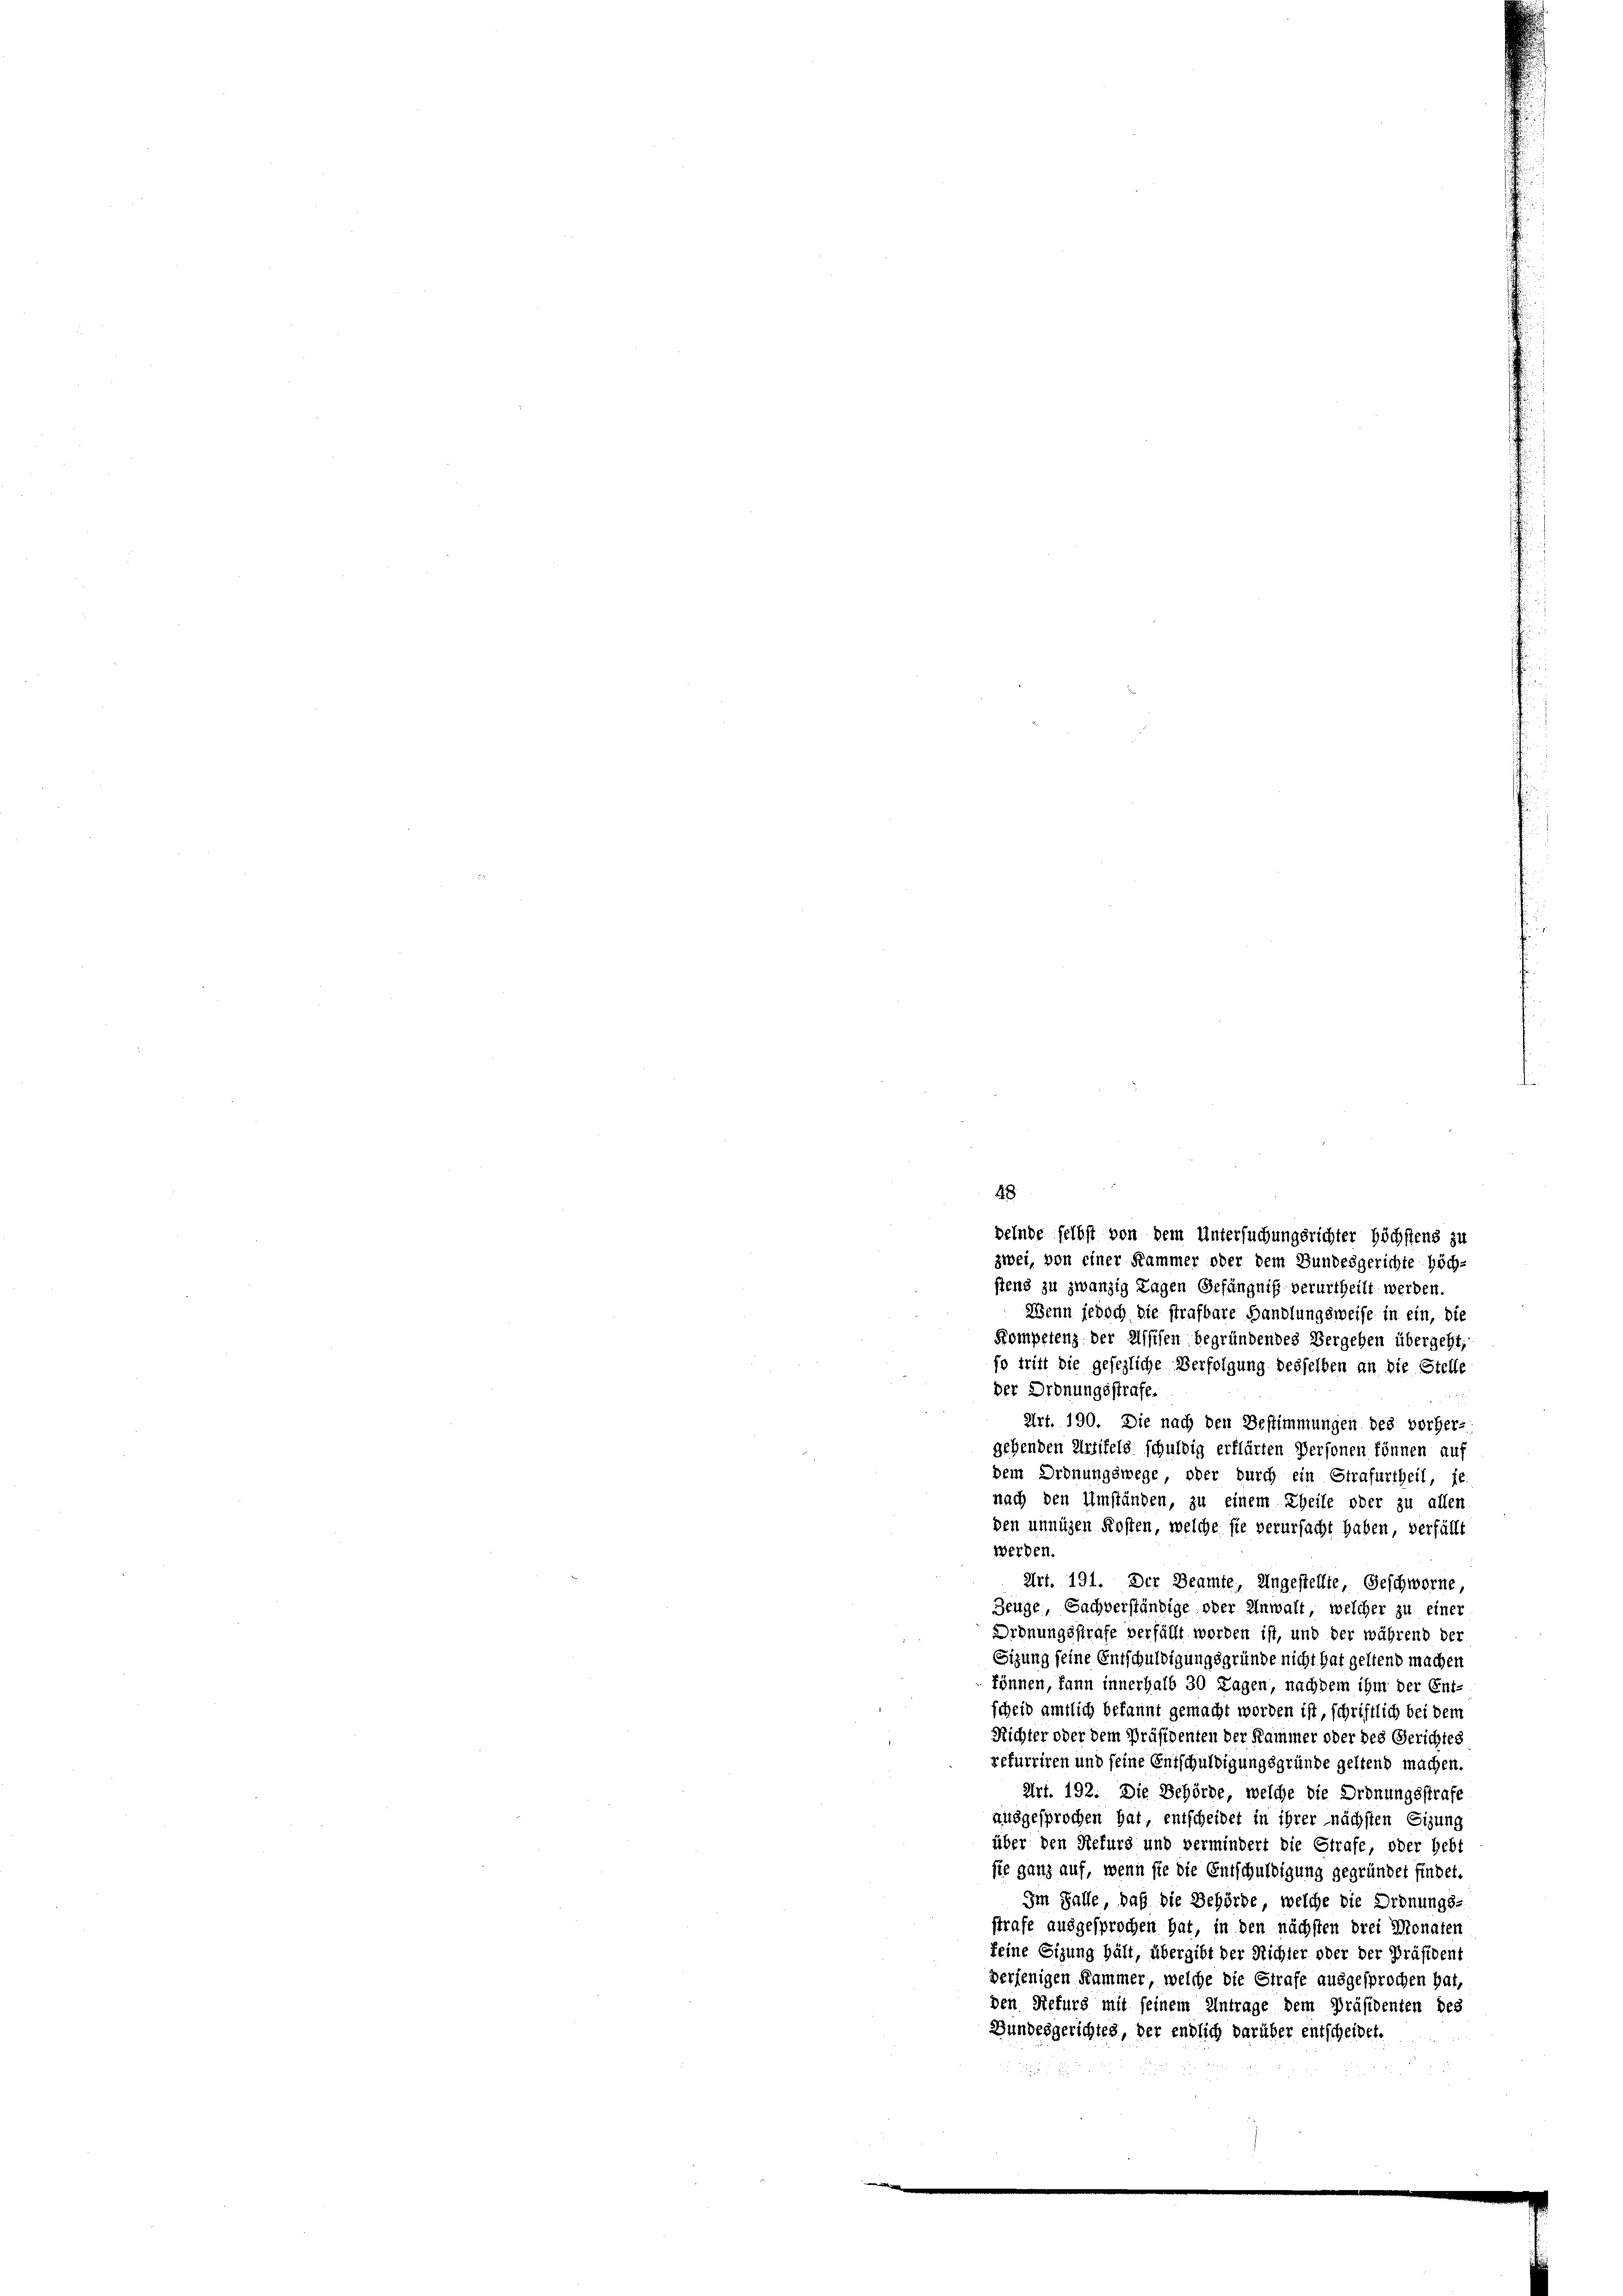
48
belnde selbst von dem Untersuchungsrichter Höchstens zu

zwei, von einer Kammer oder dem Bundesgerichte höch-
stens zu zwanzig Tagen Gefängniß verurtheilt werden.
Wenn jedoch die strafbare Handlungsweise in ein, die
Kompetenz der Assisen begründendes Vergeben übergeht,
fo tritt die gesezliche Verfolgung desselben an die Stelle
der Ordnungsstrafe.
Art. 190. Die nach den Bestimmungen des vorher-
gehenden Urfifels schuldig erklärten Personen können auf
dem Ordnungswege, oder durch ein Strafurtheil, je
nach den Umständen, zu einem Theile oder zu allen
den innigen Kosten, welche sie verursacht haben, verfällt
werden.
Art. 191. Der Beamte, Ungestellte Geschworne
Zeuge, Sachverständige oder Anwalt, welcher zu einer
Ordnungsstrafe verfällt worden ist, und der während der
Sizung seine Entschuldigungsgründe nicht hat geltend machen
können, kann innerhalb 30 Lagen, nachdem ihm der Ent-
scheid amtlich bekannt gemacht worden ist, schriftlich bei dem
Richter oder dem Präsidenten der Kammer oder des Gerichtes
refurriren und seine Entschuldigungsgründe geltend machen.
Art. 192. Die Behörde, welche die Ordnungsstrafe
ausgesprochen hat, entscheidet in ihrer nächsten Sizung
über den Refurg und vermindert die Strafe, oder hebt
sie ganz auf, wenn sie die Entschuldigung gegründet findet.
Im Falle, daß die Behörde, welche die Ordnungs-
strafe ausgesprochen hat, in den nächsten drei Monaten
feine Sizung hält, übergibt der Richter oder der Präsident
derjenigen Kammer, welche die Strafe ausgesprochen hat,
den Refurs mit seinem Antrage dem Präsidenten des
Bundesgerichtes, der endlich darüber entscheidet.